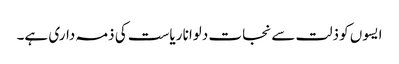
ایسوں کو ذلت سے نجات دلوانا ریاست کی ذمہ داری ہے۔